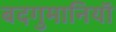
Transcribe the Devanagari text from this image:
बदगुमानियाॅ